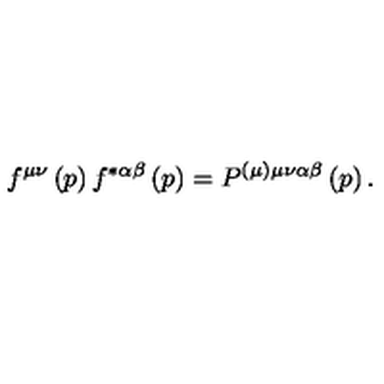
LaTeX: f ^ { \mu \nu } \left( p \right) f ^ { * \alpha \beta } \left( p \right) = P ^ { ( \mu ) \mu \nu \alpha \beta } \left( p \right) .